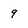
Character: 9